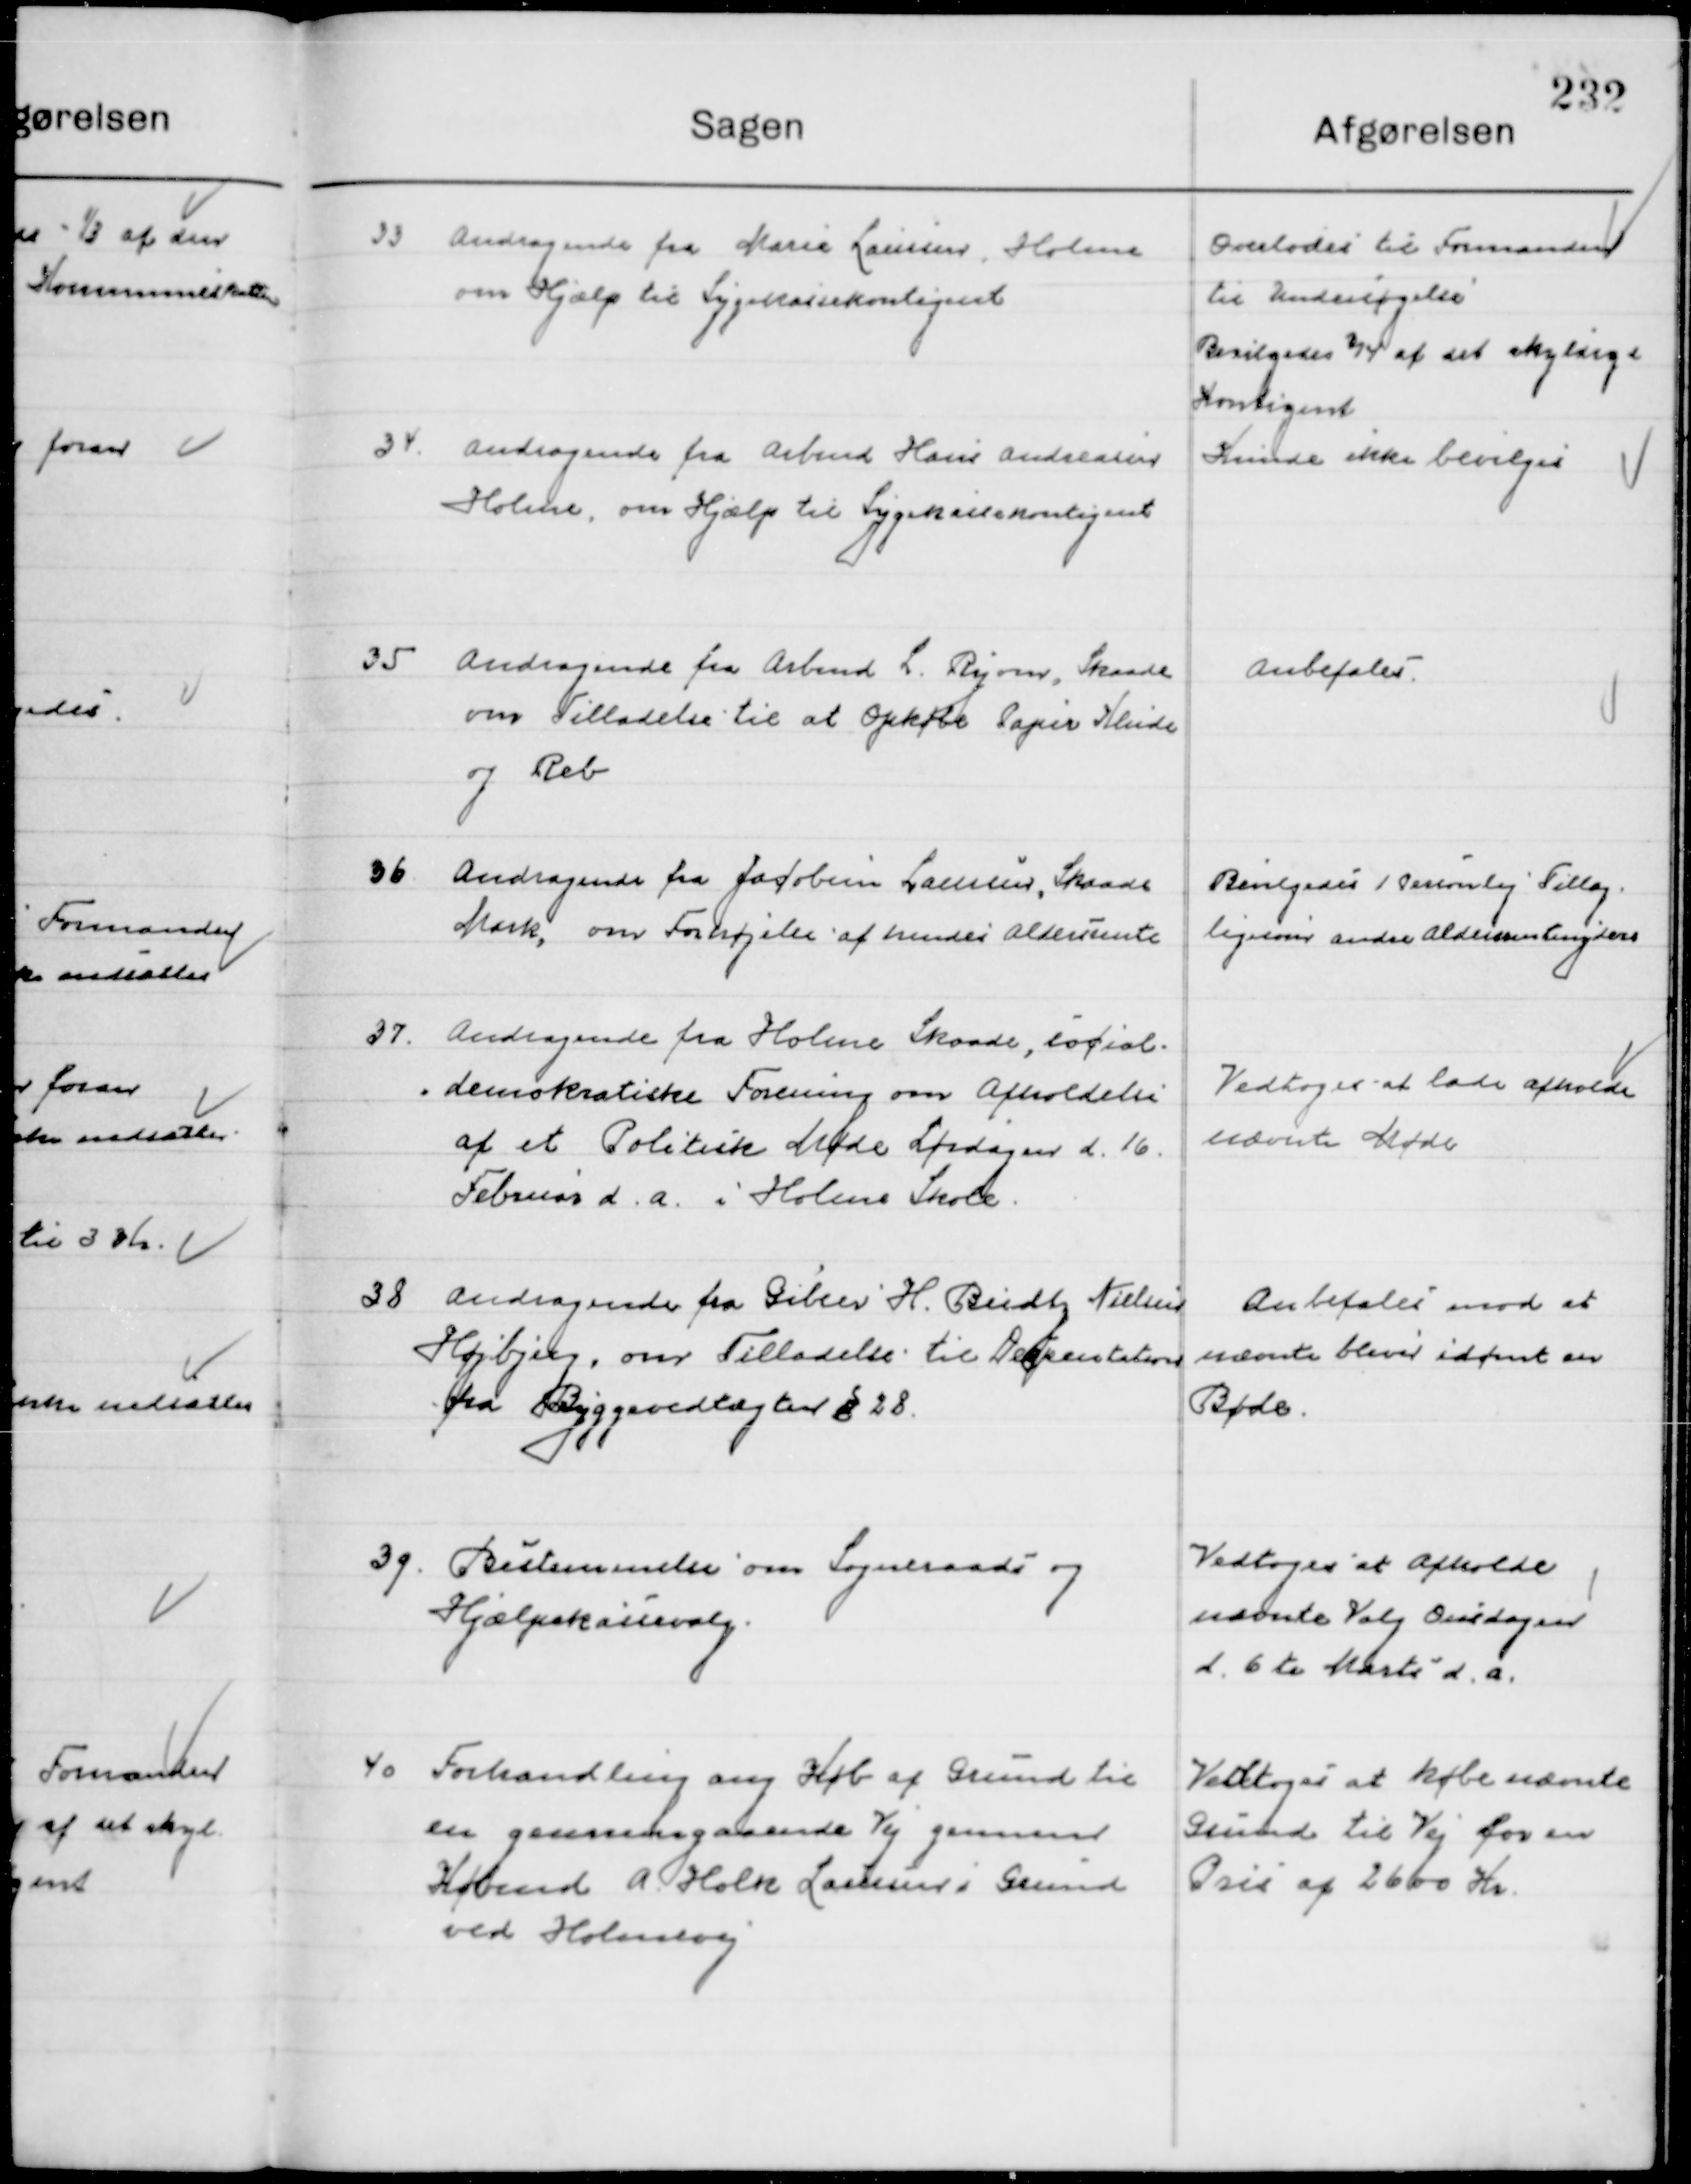
Transskription:
33

Andragende fra Marie Laursen, Holme
om Hjælp til Sygekassekontingent

Overlodes til Formanden
til Undersøgelse
Bevilgedes ¾ af det skyldige
Kontingent

34

Andragende fra Arbmd. Hans Andreasen, 
Holme, om Hjælp til Sygekassekontingent

Kunne ikke bevilges

35

Andragende fra Arbmd. L. Ryom, Skaade
om Tilladelse til at Opkøbe Papir Klude
og Reb

Anbefales

36

Andragende fra Jakobine Lauersen, Skaade
Mark, om forhøjelse af hendes Aldersrente

Bevilgedes 1 Personlig Tillæg
ligesom andre Aldersrenteydere

37

Andragende fra Holme Skaade, Social-
demokratiske Forening om Afholdelse
af et Politisk Møde Lørdagen d. 16.
Februar d. a. i Holme Skole.

Vedtoges at lade afholde
nævnte Møde

38

Andragende fra Giber H. Budtz Nielsen
Højbjerg, om Tilladelse til Dispensation  
fra Byggetilladelsen § 28.

Anbefales mod at
nævnte bliver idømt en
Bøde

39

Bestemmelse om Sogneraads og
Hjælpekasseudvalg.

Vedtoges at afholde
nævnte Valg Onsdagen
d. 6de Marts d. A.

40

Forhandling om Køb af Grund til
en gennemgaaende Vej gennem
Købmd. A. Holk Laursen i Grund 
ved Holmevej

Vedtoges at købe nævnte
Grund til Vej for en
Pris af 2600 Kr.